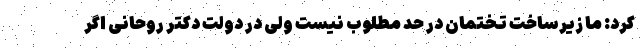
کرد: ما زیرساخت تختمان در حد مطلوب نیست ولی در دولت دکتر روحانی اگر